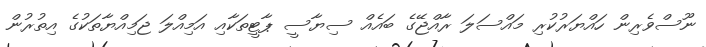
ނޫސްވެރިން ހައްޔަރުކުރި މައްސަލަ ރާއްޖޭގެ ބައެއް ސިޔާސީ ޕާޓީތަކާއި އަމިއްލަ ޖަމިއްޔާތަކުގެ އިތުރުން